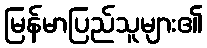
မြန်မာပြည်သူများ၏